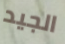
الجيد